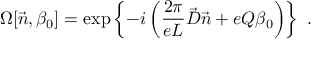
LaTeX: \Omega [ \vec { n } , \beta _ { 0 } ] = \exp \left\{ - i \left( \frac { 2 \pi } { e L } \vec { \cal D } \vec { n } + e Q \beta _ { 0 } \right) \right\} \ .